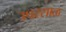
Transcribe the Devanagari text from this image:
उपरसाळ